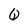
Character: Q